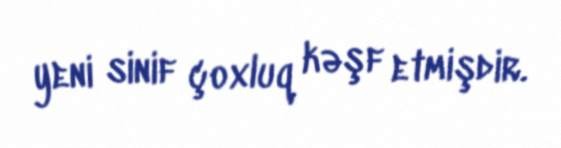
yeni sinif çoxluq kəşf etmişdir.